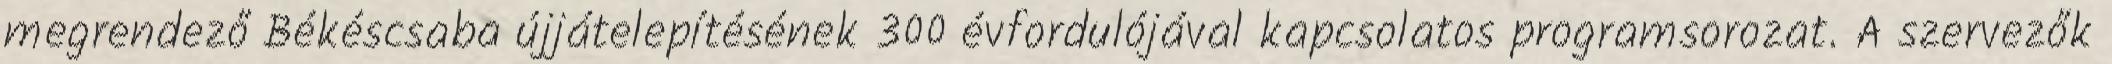
megrendező Békéscsaba újjátelepítésének 300 évfordulójával kapcsolatos programsorozat. A szervezők